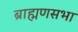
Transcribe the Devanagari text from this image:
ब्राह्मणसभा